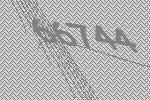
66744